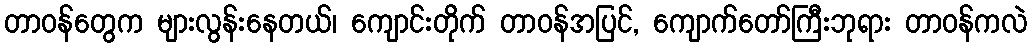
တာဝန်တွေက များလွန်းနေတယ်၊ ကျောင်းတိုက် တာဝန်အပြင်, ကျောက်တော်ကြီးဘုရား တာဝန်ကလဲ